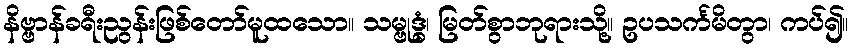
နိဗ္ဗာန်ခရီးညွန်းဖြစ်တော်မူထသော။ သမ္ဗုဒ္ဓံ၊ မြတ်စွာဘုရားသို့။ ဥပသင်္ကမိတွာ၊ ကပ်၍။